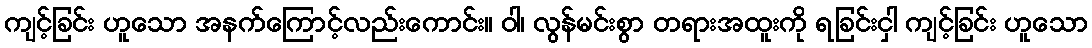
ကျင့်ခြင်း ဟူသော အနက်ကြောင့်လည်းကောင်း။ ဝါ၊ လွန်မင်းစွာ တရားအထူးကို ရခြင်းငှါ ကျင့်ခြင်း ဟူသော